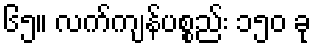
၆၅။ လက်ကျန်ပစ္စည်း ၁၅၀ ခု